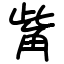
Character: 觜